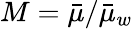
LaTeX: M=\bar{\mu}/\bar{\mu}_{w}